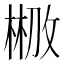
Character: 𣗣